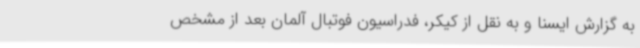
به گزارش ایسنا و به نقل از کیکر، فدراسیون فوتبال آلمان بعد از مشخص